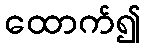
ထောက်၍